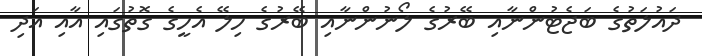
ދައުލަތުގެ ބަޖެޓުންނާއި ބޭރުގެ ލޯނުންނާއި ބޭރުގެ ހިލޭ އެހީގެ ގޮތުގައި އާއި އަދި